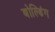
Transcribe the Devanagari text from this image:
बोल्डिंग